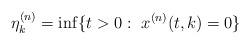
LaTeX: \begin{align*}\eta_k^{(n)} = \inf \{t > 0: \ x^{(n)}(t,k) = 0 \}\end{align*}